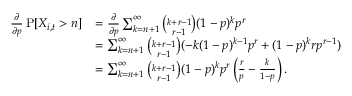
\begin{array} { r l } { \frac { \partial } { \partial p } \operatorname { P } [ X _ { i , t } > n ] } & { = \frac { \partial } { \partial p } \sum _ { k = n + 1 } ^ { \infty } \binom { k + r - 1 } { r - 1 } ( 1 - p ) ^ { k } p ^ { r } } \\ & { = \sum _ { k = n + 1 } ^ { \infty } \binom { k + r - 1 } { r - 1 } ( - k ( 1 - p ) ^ { k - 1 } p ^ { r } + ( 1 - p ) ^ { k } r p ^ { r - 1 } ) } \\ & { = \sum _ { k = n + 1 } ^ { \infty } \binom { k + r - 1 } { r - 1 } ( 1 - p ) ^ { k } p ^ { r } \left( \frac { r } { p } - \frac { k } { 1 - p } \right) . } \end{array}